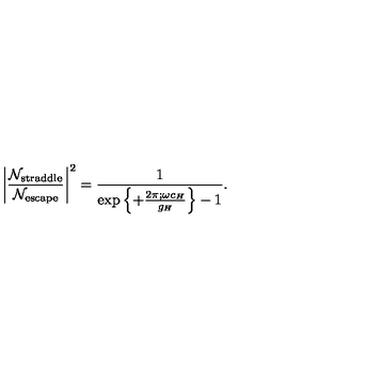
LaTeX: \left| { \frac { { \cal N } _ { \mathrm { s t r a d d l e } } } { { \cal N } _ { \mathrm { e s c a p e } } } } \right| ^ { 2 } = { \frac { 1 } { { \exp \left\{ + { \frac { 2 \pi ; \omega c _ { H } } { g _ { H } } } \right\} } - 1 } } .